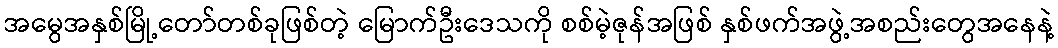
အမွေအနှစ်မြို့တော်တစ်ခုဖြစ်တဲ့ မြောက်ဦးဒေသကို စစ်မဲ့ဇုန်အဖြစ် နှစ်ဖက်အဖွဲ့အစည်းတွေအနေနဲ့